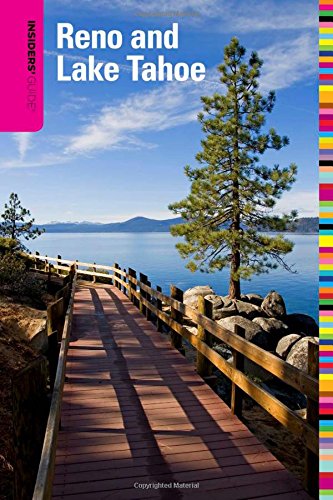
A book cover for Insiders' GuideÂ® to Reno and Lake Tahoe (Insiders' Guide Series); Jeanne Walpole; Travel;